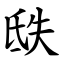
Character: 㲳